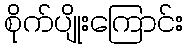
စိုက်ပျိုးကြောင်း